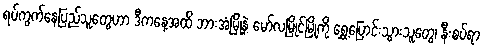
ရပ်ကွက်နေပြည်သူတွေဟာ ဒီကနေ့အထိ ဘားအံမြို့နဲ့ မော်လမြိုင်မြို့ကို ရွှေ့ပြောင်းသွားသူတွေ၊ နီးစပ်ရာ